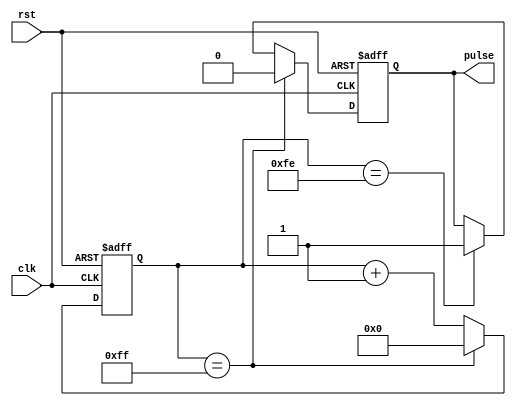
module FallingEdgePulseGenerator(
    input wire clk,
    input wire rst,
    output reg pulse
);

reg [7:0] counter;

always @(posedge clk or posedge rst) begin
    if (rst) begin
        counter <= 8'b00000000;
        pulse <= 1'b0;
    end else begin
        if (counter == 8'b11111111) begin
            pulse <= 1'b0;
            counter <= 8'b00000000;
        end else if (counter == 8'b11111110) begin
            pulse <= 1'b1;
            counter <= counter + 1;
        end else begin
            counter <= counter + 1;
        end
    end
end

endmodule